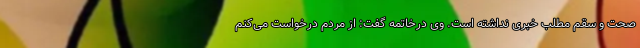
صحت و سقم مطلب خبری نداشته است. وی درخاتمه گفت: از مردم درخواست می‌کنم